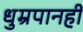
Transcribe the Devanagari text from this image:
धुम्रपानही